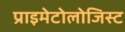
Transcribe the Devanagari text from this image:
प्राइमेटोलोजिस्ट